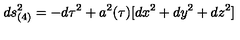
d s _ { ( 4 ) } ^ { 2 } = - d \tau ^ { 2 } + a ^ { 2 } ( \tau ) [ d x ^ { 2 } + d y ^ { 2 } + d z ^ { 2 } ]